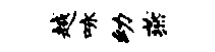
越咏幼燕